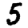
Digit: 5